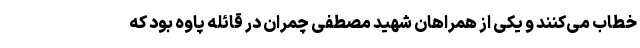
خطاب می‌کنند و یکی از همراهان شهید مصطفی چمران در قائله پاوه بود که